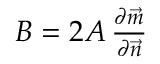
\begin{array} { r } { B = 2 A \, \frac { \partial \vec { m } } { \partial \vec { n } } } \end{array}